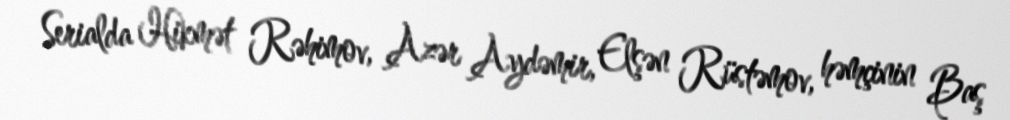
Serialda Hikmət Rəhimov, Azər Aydəmir, Elşən Rüstəmov, həmçinin Baş